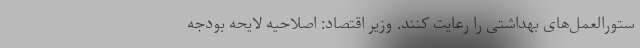
ستورالعمل‌های بهداشتی را رعایت کنند. وزیر اقتصاد: اصلاحیه لایحه بودجه